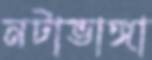
নটাভাঙ্গা